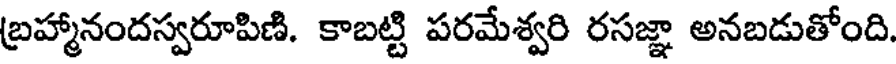
బ్రహ్మానందస్వరూపిణి. కాబట్టి పరమేశ్వరి రసజ్ఞా అనబడుతోంది.